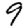
Digit: 9